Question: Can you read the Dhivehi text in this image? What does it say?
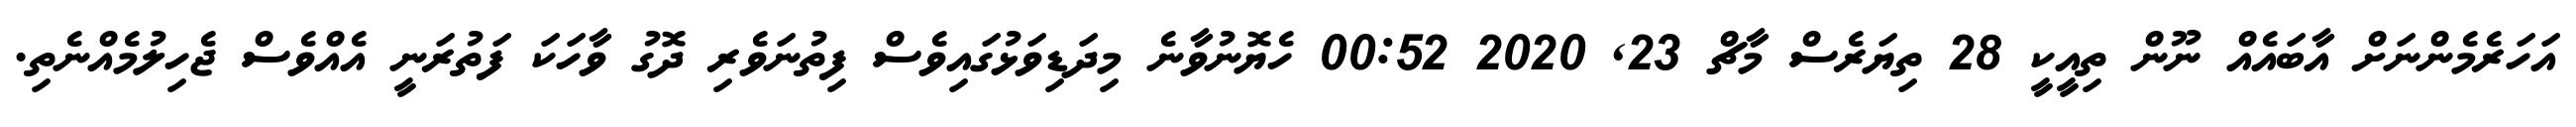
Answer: އަހަރެމެންނަށް އާބައެއް ނޫން ތިއީކީ 28 ތިޔަރެސް މާޗް 23, 2020 00:52 ހެޔޮނުވާނެ މިދަޑިވަޅުގައިވެސް ފިތުނަވެރި ދޮގު ވާހަކަ ފަތުރަނީ އެއްވެސް ޖެހިލުމެއްނެތި.